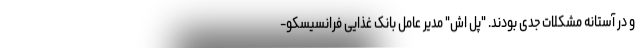
و در آستانه مشکلات جدی بودند. "پل اش" مدیر عامل بانک غذایی فرانسیسکو-